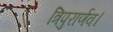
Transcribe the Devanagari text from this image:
त्रिपुरार्णव।